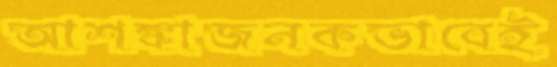
আশঙ্কাজনকভাবেই